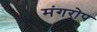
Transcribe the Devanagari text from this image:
मंगरोप